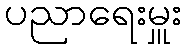
ပညာရေးမှူး